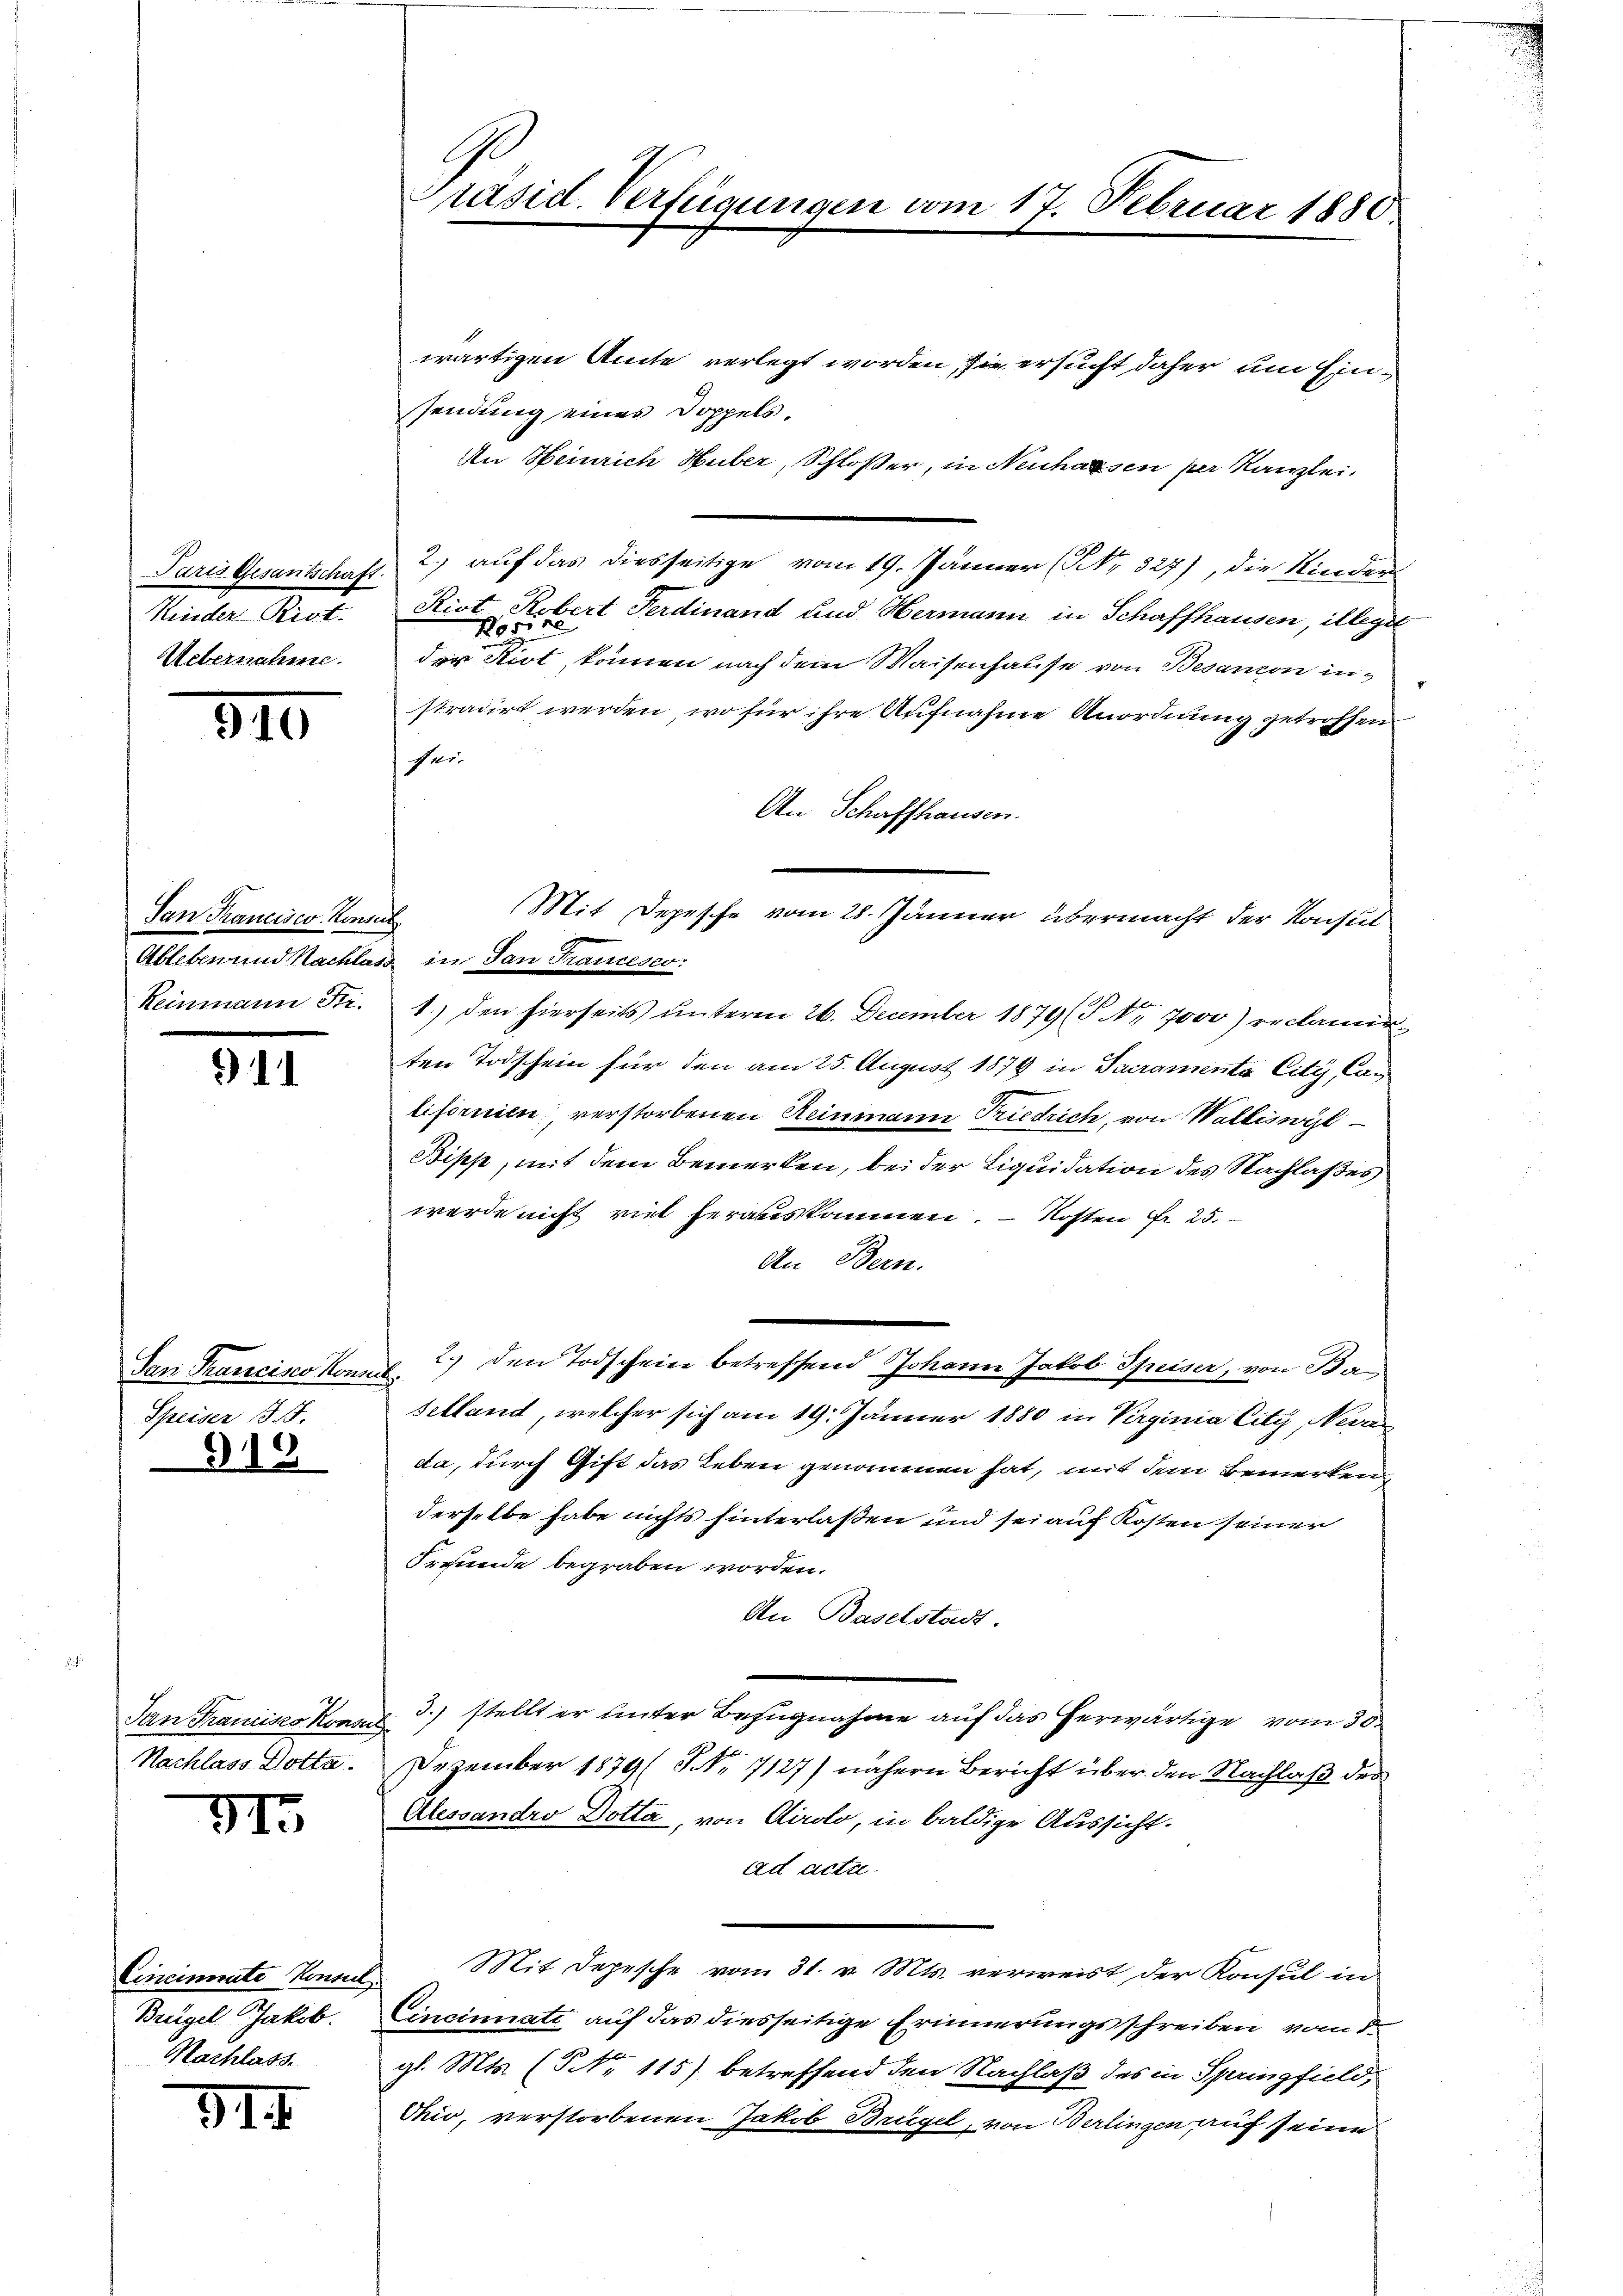
Kinder Rist.
Uebernahme.

890

Jan Trancisco Konsul
Reinmann Sti-

911

San Francisco Konse
Speiser (§. 15.
9

Jan Francisco Konsul
Nachlass Dotta.

915.

Cincinate Konsul
Beügel Jakob.
Nachlass.

314.

9
Präsid. Verfügungen vom 17. Februar 1880.

wärtigen Amte verlegt worden, sie ersucht daher um Einsendung eines Doppels.
An Heinrich Huber, Schloßer, in Neuhausen per Kanzlei.
Paris Gesantschaft 2.) auf das diesseitige vom 19. Jänner (Nr. 327), die Kinder
Riot Robert Ferdinand und Hermann in Schaffhausen, illegit
der Kist, können nach dem Waisenhause von Besandon instradirt werden, wo für ihre Aufnahme Unordnung getroffen
fer
An Schaffhausen.
Ableben und Nachlass in San Francesco:
1.) den hierseits ŭnterm 26. December 1879 (S. Nr. 7000) reclamir
ten Todschein für den am 25. August 1879 in Sacramenta City Can
lifornien, verstorbenen Reinmann Friedrich, von Walliswyl
Bipp, mit dem Bemerken, bei der Liquidation des Nachlaßes
werde nicht viel herauskommen. – Kosten Fr. 25.
An Bern.
2.) Den Todscheine betreffend Johann Jakob Speiser, von Ban
.
selland, welcher sich am 19. Jänner 1880 in Verginia Eity, Neer
da, durch Gift das Leben genommen hat, mit dem Bemerken
derselbe habe nichts hinterlaßen und sei auf Kosten seiner
Freunde begraben worden.
An Baselstadt.
3. stellt er unter Bezugnahme auf das herwärtige vom 30.
Dezember 1879 (S NNo. 7127) nähern Bericht über den Nachlaß der
Alessandro Dotta, von Airolo, in baldige Aussicht.
ad actu
Mit Depesche vom 31. v. Mts. verweist der Konsul in
Cincinnate auf das diesseitige Erinnerungsschreiben vom 5.
gl. Mts. (T No 115) betreffend den Nachlaß des in Springfield,
Ohio, verstorbenen Jakob Brügel, von Berlingen auf seine

Mit Depesche vom 28. Jänner übermacht der Konsul